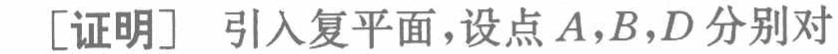
[证明] 引入复平面，设点\(A,B,D\)分别对